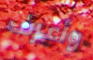
وأعرف